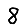
Digit: 8